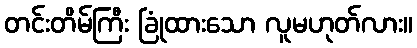
တင်းတိမ်ကြီး ခြုံထားသော လူမဟုတ်လား။